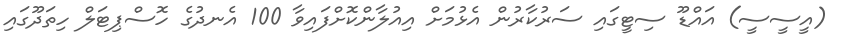
(އީސީސީ) އައްޑޫ ސިޓީގައި ސަރުކާރުން އެޅުމަށް އިއުލާންކޮށްފައިވާ 100 އެނދުގެ ހޮސްޕިޓަލް ހިތަދޫގައި